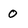
Character: 0